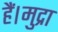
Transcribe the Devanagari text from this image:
हैं।मुद्रा